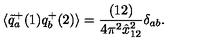
\langle \tilde { q } _ { a } ^ { + } ( 1 ) q _ { b } ^ { + } ( 2 ) \rangle = { \frac { ( 1 2 ) } { 4 \pi ^ { 2 } \hat { x } _ { 1 2 } ^ { 2 } } } \delta _ { a b } .